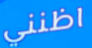
اظنني